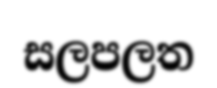
සලපලත